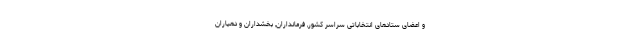
و اعضای ستادهای انتخاباتی سراسر کشور, فرمانداران, بخشداران و دهیاران